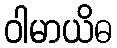
ဝါမာယိဓ